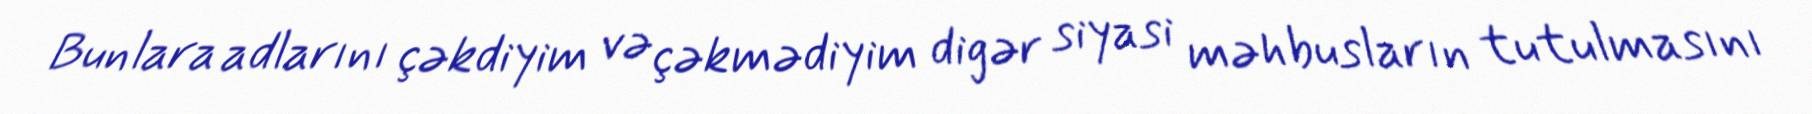
Bunlara adlarını çəkdiyim və çəkmədiyim digər siyasi məhbusların tutulmasını